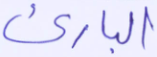
البارئ